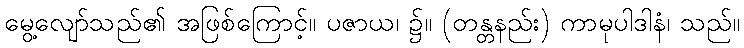
မွေ့လျော်သည်၏ အဖြစ်ကြောင့်။ ပဇာယ၊ ၌။ (တန္တနည်း) ကာမုပါဒါနံ၊ သည်။